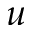
u